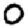
Digit: 0